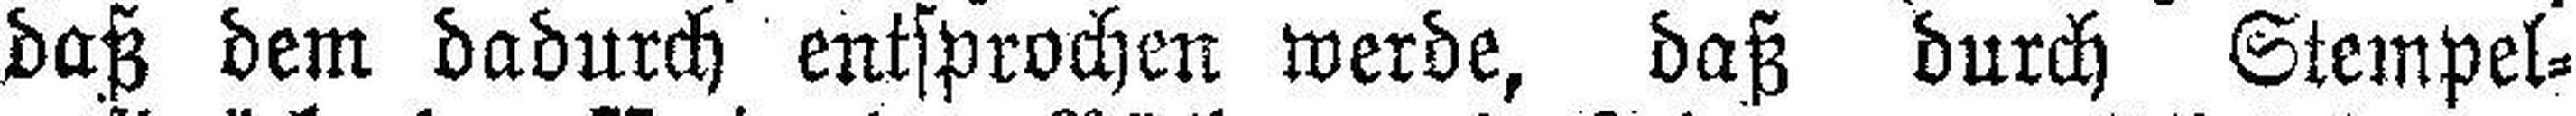
daß dem dadurch entsprochen werde, daß durch Stempel¬